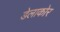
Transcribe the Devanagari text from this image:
डेलाकोर